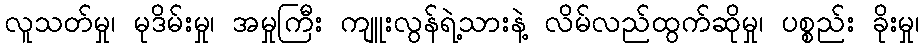
လူသတ်မှု၊ မုဒိမ်းမှု၊ အမှုကြီး ကျူးလွန်ရဲ့သားနဲ့ လိမ်လည်ထွက်ဆိုမှု၊ ပစ္စည်း ခိုးမှု၊